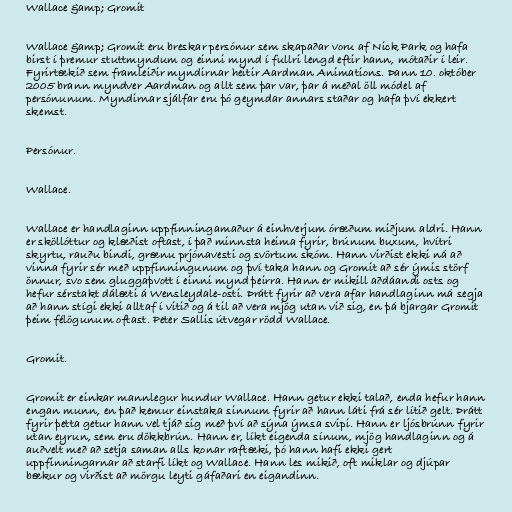
Wallace &amp; Gromit

Wallace &amp; Gromit eru breskar persónur sem skapaðar voru af Nick Park og hafa
birst í þremur stuttmyndum og einni mynd í fullri lengd eftir hann, mótaðir í leir.
Fyrirtækið sem framleiðir myndirnar heitir Aardman Animations. Þann 10. október
2005 brann myndver Aardman og allt sem þar var, þar á meðal öll módel af
persónunum. Myndirnar sjálfar eru þó geymdar annars staðar og hafa því ekkert
skemst.

Persónur.

Wallace.

Wallace er handlaginn uppfinningamaður á einhverjum óræðum miðjum aldri. Hann
er sköllóttur og klæðist oftast, í það minnsta heima fyrir, brúnum buxum, hvítri
skyrtu, rauðu bindi, grænu prjónavesti og svörtum skóm. Hann virðist ekki ná að
vinna fyrir sér með uppfinningunum og því taka hann og Gromit að sér ýmis störf
önnur, svo sem gluggaþvott í einni mynd þeirra. Hann er mikill aðdáandi osts og
hefur sérstakt dálæti á Wensleydale-osti. Þrátt fyrir að vera afar handlaginn má segja
að hann stígi ekki alltaf í vitið og á til að vera mjög utan við sig, en þá bjargar Gromit
þeim félögunum oftast. Peter Sallis útvegar rödd Wallace.

Gromit.

Gromit er einkar mannlegur hundur Wallace. Hann getur ekki talað, enda hefur hann
engan munn, en það kemur einstaka sinnum fyrir að hann láti frá sér lítið gelt. Þrátt
fyrir þetta getur hann vel tjáð sig með því að sýna ýmsa svipi. Hann er ljósbrúnn fyrir
utan eyrun, sem eru dökkbrún. Hann er, líkt eigenda sínum, mjög handlaginn og á
auðvelt með að setja saman alls konar raftæki, þó hann hafi ekki gert
uppfinningarnar að starfi líkt og Wallace. Hann les mikið, oft miklar og djúpar
bækur og virðist að mörgu leyti gáfaðari en eigandinn.